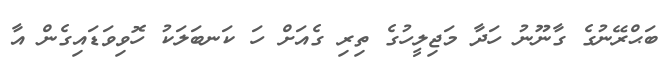
ބަޙްރޭނުގެ ގާނޫނު ހަދާ މަޖިލީހުގެ ތިރި ގެއަށް ހަ ކަނބަލަކު ހޮވިވަޑައިގެން އާ